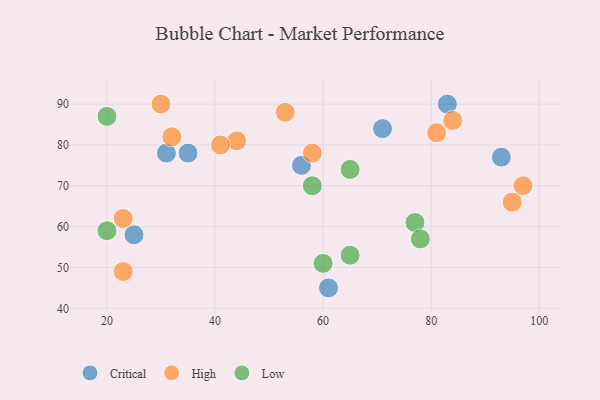
{"axis": {"x": "GDP", "y": "Life Expectancy"}, "legend": ["Critical", "High", "Low"], "data": [{"x": "83", "y": 90, "type": "Critical"}, {"x": "25", "y": 58, "type": "Critical"}, {"x": "35", "y": 78, "type": "Critical"}, {"x": "61", "y": 45, "type": "Critical"}, {"x": "31", "y": 78, "type": "Critical"}, {"x": "93", "y": 77, "type": "Critical"}, {"x": "71", "y": 84, "type": "Critical"}, {"x": "56", "y": 75, "type": "Critical"}, {"x": "23", "y": 62, "type": "High"}, {"x": "97", "y": 70, "type": "High"}, {"x": "81", "y": 83, "type": "High"}, {"x": "44", "y": 81, "type": "High"}, {"x": "23", "y": 49, "type": "High"}, {"x": "84", "y": 86, "type": "High"}, {"x": "58", "y": 78, "type": "High"}, {"x": "53", "y": 88, "type": "High"}, {"x": "95", "y": 66, "type": "High"}, {"x": "41", "y": 80, "type": "High"}, {"x": "30", "y": 90, "type": "High"}, {"x": "32", "y": 82, "type": "High"}, {"x": "58", "y": 70, "type": "Low"}, {"x": "77", "y": 61, "type": "Low"}, {"x": "20", "y": 87, "type": "Low"}, {"x": "65", "y": 74, "type": "Low"}, {"x": "65", "y": 53, "type": "Low"}, {"x": "20", "y": 59, "type": "Low"}, {"x": "60", "y": 51, "type": "Low"}, {"x": "78", "y": 57, "type": "Low"}]}